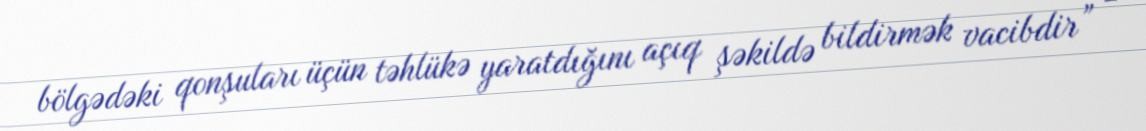
bölgədəki qonşuları üçün təhlükə yaratdığını açıq şəkildə bildirmək vacibdir” -